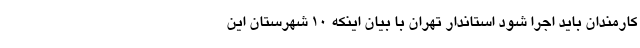
کارمندان باید اجرا شود استاندار تهران با بیان اینکه ۱۰ شهرستان این